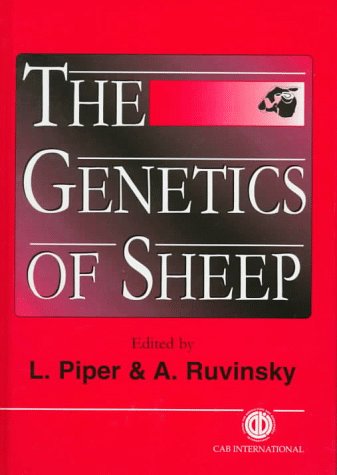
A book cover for The Genetics of Sheep; Laurie Piper; Medical Books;